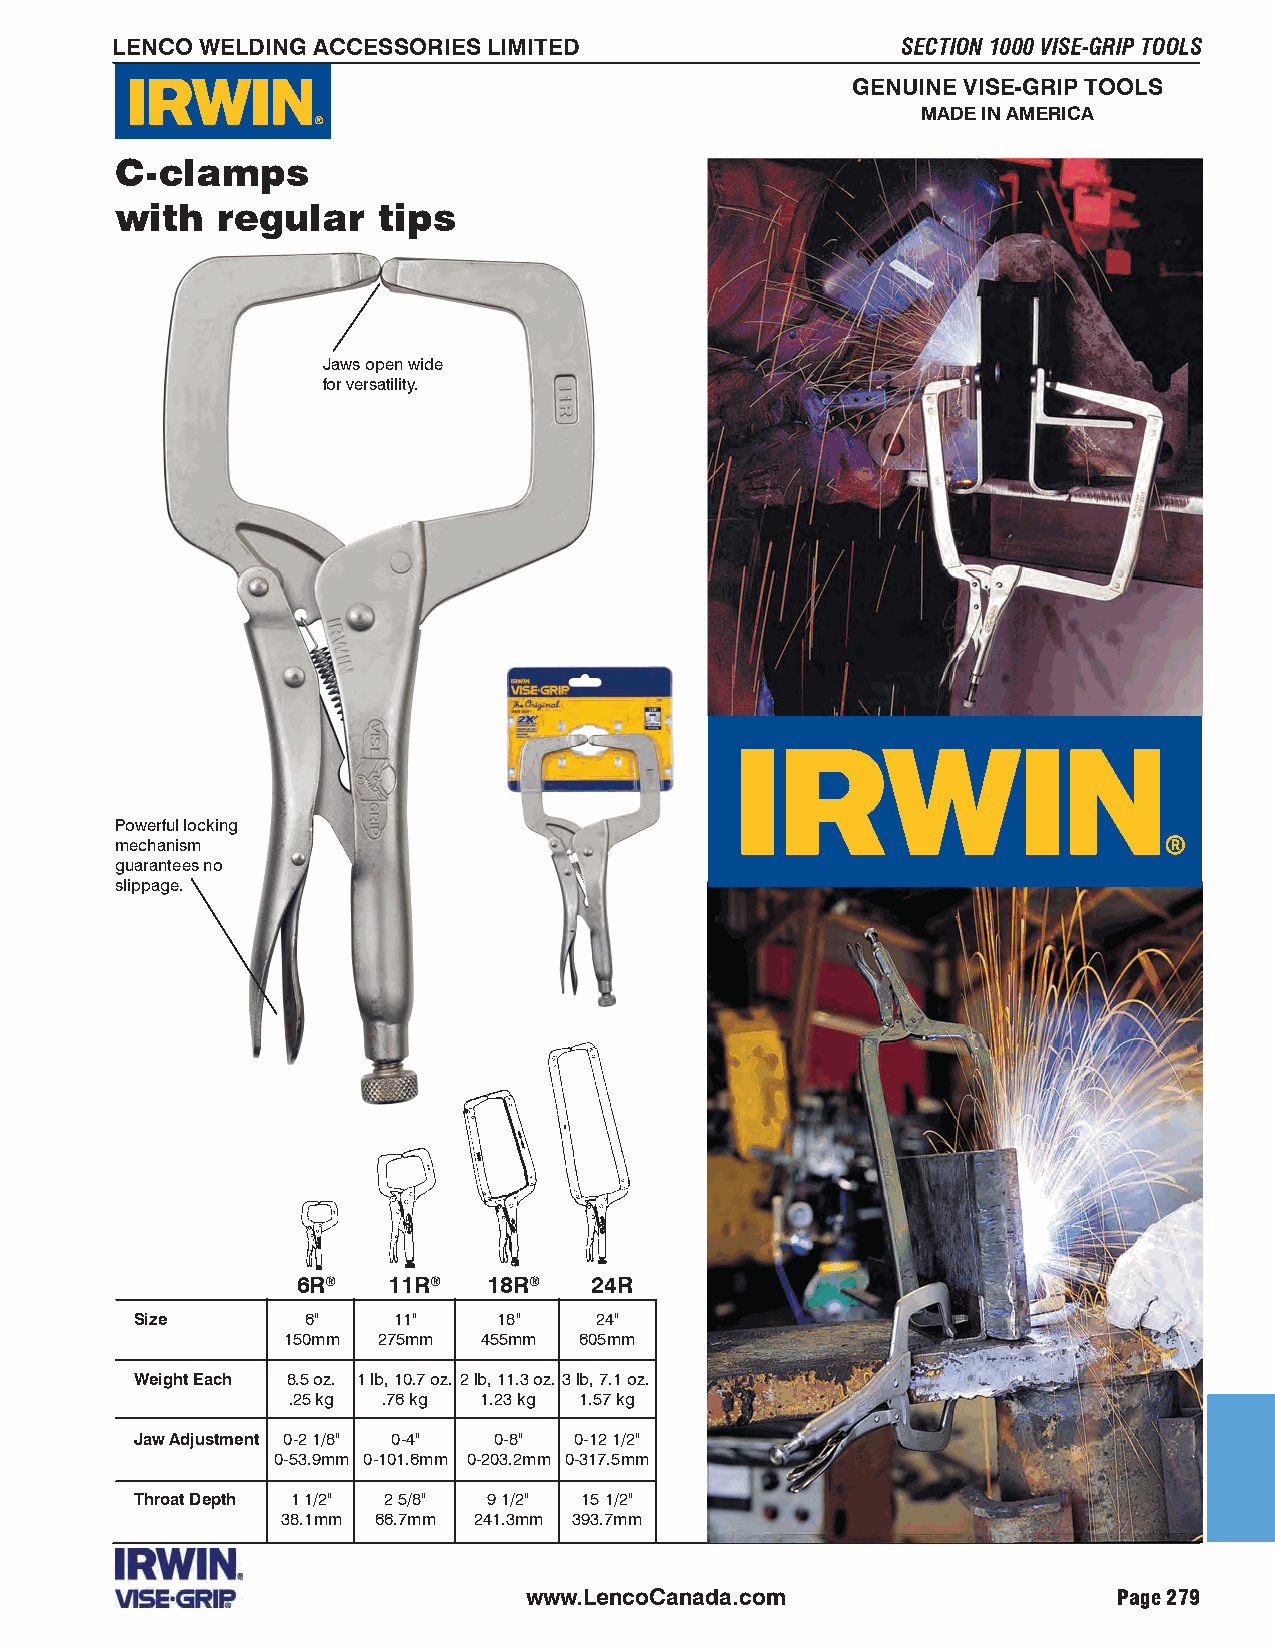
LENCO WELDING ACCESSORIES LIMITED                    SECTION 1000 VISE-GRIP TOOLS
 GENUINE VISE-GRIP TOOLS
 MADE IN AMERICA
 C-clamps
 with  regular    tips
 Jaws open wide
 for versatility.
 Powerful locking
 mechanism
 guarantees no
 slippage.
 6R®   11R®  18R®   24R
 Size       6"    11"    18"   24"
 150mm 275mm  455mm 605mm
 Weight Each 8.5 oz. 1 lb, 10.7 oz. 2 lb, 11.3 oz. 3 lb, 7.1 oz.
 .25 kg .76 kg 1.23 kg 1.57 kg
 Jaw Adjustment 0-2 1/8" 0-4" 0-8" 0-12 1/2"
 0-53.9mm 0-101.6mm 0-203.2mm 0-317.5mm
 Throat Depth 1 1/2" 2 5/8" 9 1/2" 15 1/2"
 38.1mm 66.7mm 241.3mm 393.7mm
 www.LencoCanada.com                    Page 279